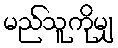
မည်သူကိုမျှ